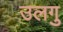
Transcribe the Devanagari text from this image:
उलगु